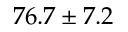
7 6 . 7 \pm 7 . 2